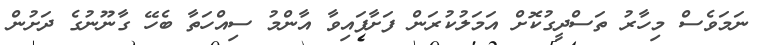
ނަމަވެސް މިހާރު ތަސްދީގުކޮށް އަމަލުކުރަން ފަށާފައިވާ އާންމު ސިއްހަތާ ބެހޭ ގާނޫނުގެ ދަށުން